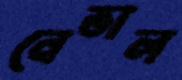
নেভাল